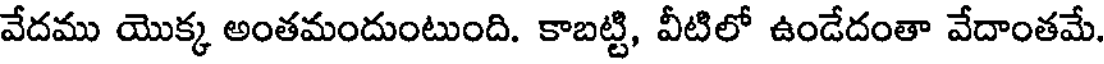
వేదము యొక్క అంతమందుంటుంది. కాబట్టి, వీటిలో ఉండేదంతా వేదాంతమే